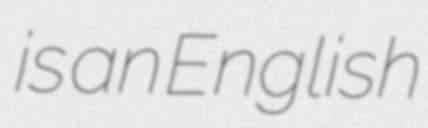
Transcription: is an English